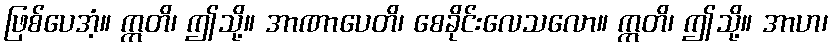
ဖြစ်ပေအံ့။ ဣတိ၊ ဤသို့။ အာဏာပေတိ၊ စေခိုင်းလေသလော။ ဣတိ၊ ဤသို့။ အာဟ၊